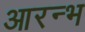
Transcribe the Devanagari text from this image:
आरन्भ